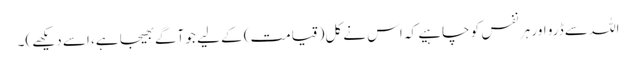
اللہ سے ڈرو اور ہر نفس کو چاہیے کہ اس نے کل(قیامت) کے لیے جو آگے بھیجا ہے، اسے دیکھے)۔